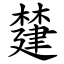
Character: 㯬